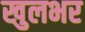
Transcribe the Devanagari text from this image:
खुलभर